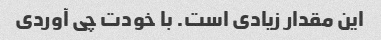
این مقدار زیادی است. با خودت چی آوردی